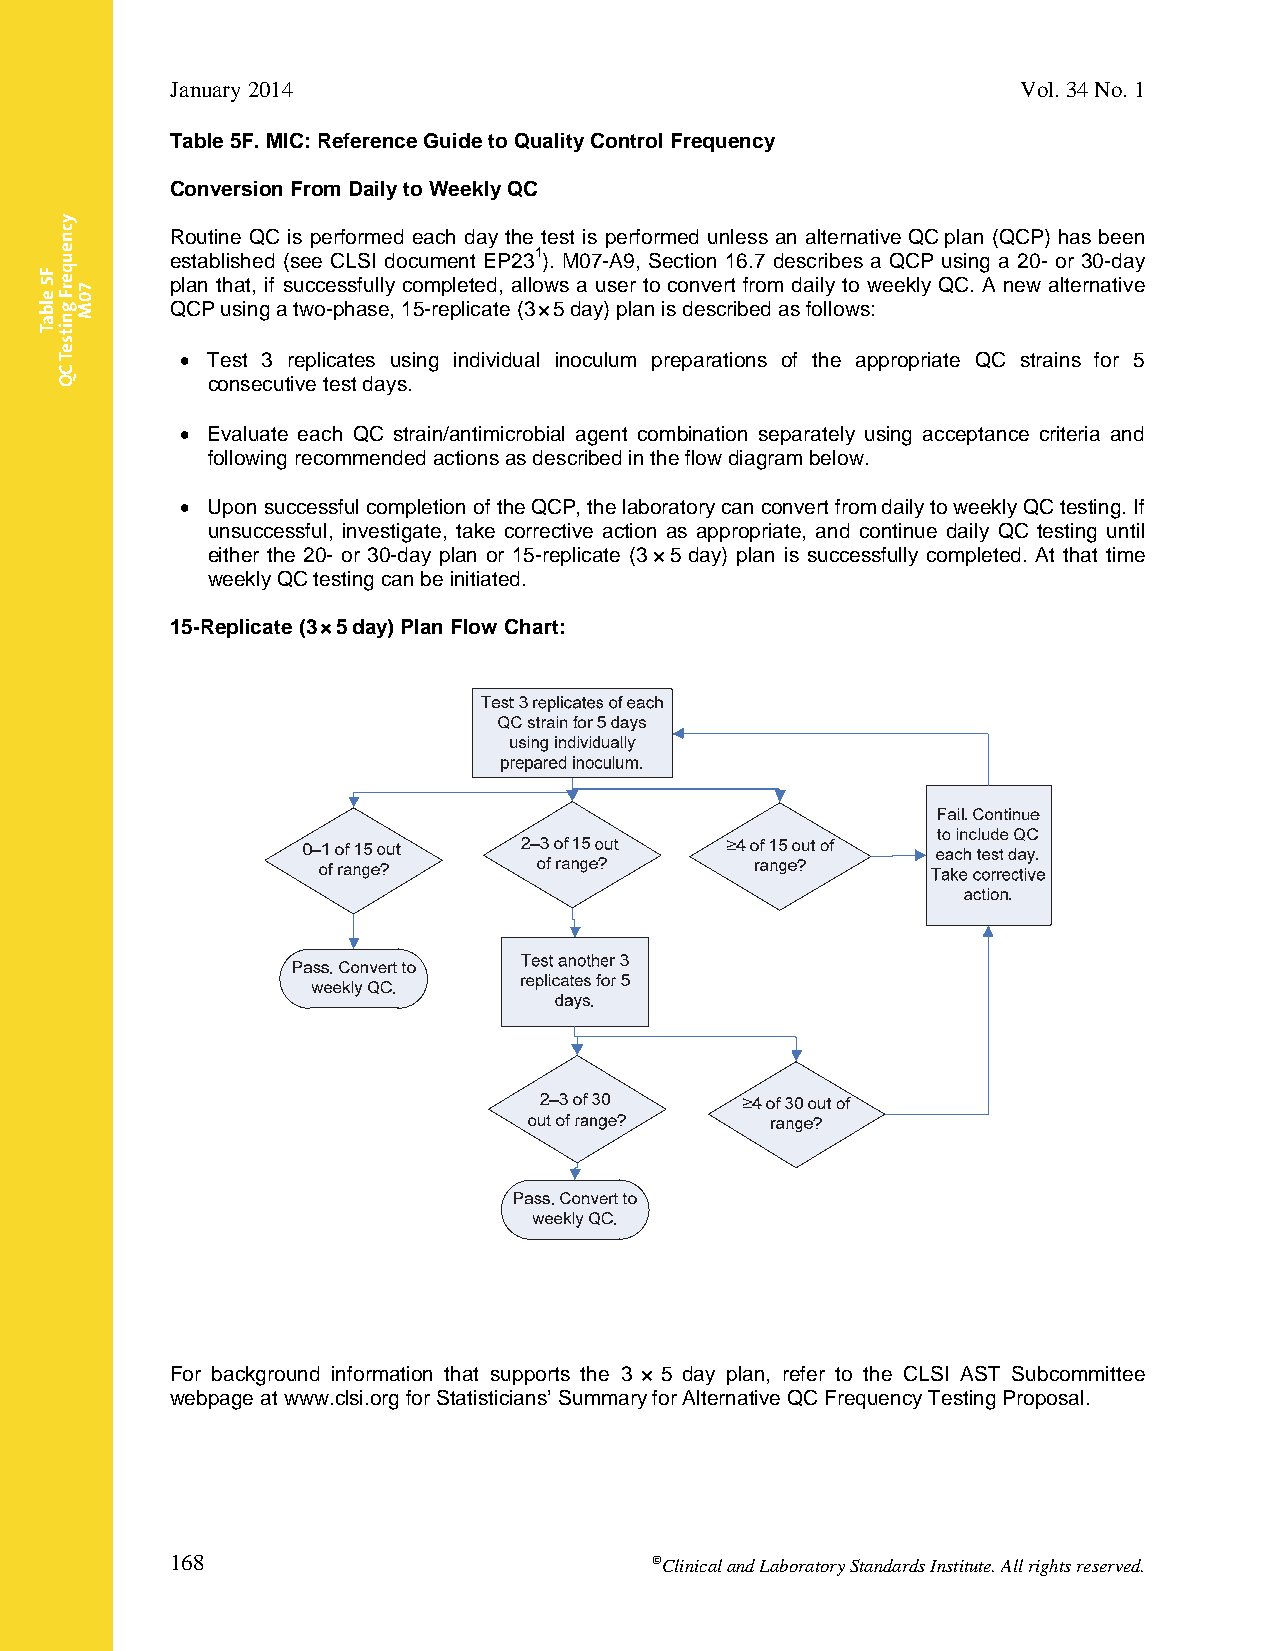
January 2014                                             Vol. 34 No. 1
 Table 5F. MIC: Reference Guide to Quality Control Frequency
 Conversion From Daily to Weekly QC
 Routine QC is performed each day the test is performed unless an alternative QC plan (QCP) has been
 established (see CLSI document EP231). M07-A9, Section 16.7 describes a QCP using a 20- or 30-day
 plan that, if successfully completed, allows a user to convert from daily to weekly QC. A new alternative
 QCP using a two-phase, 15-replicate (3×5 day) plan is described as follows:
  Test 3 replicates using individual inoculum preparations of the appropriate QC strains for 5
 consecutive test days.
  Evaluate each QC strain/antimicrobial agent combination separately using acceptance criteria and
 following recommended actions as described in the flow diagram below.
  Upon successful completion of the QCP, the laboratory can convert from daily to weekly QC testing. If
 unsuccessful, investigate, take corrective action as appropriate, and continue daily QC testing until
 either the 20- or 30-day plan or 15-replicate (3×5 day) plan is successfully completed. At that time
 weekly QC testing can be initiated.
 15-Replicate (3×5 day) Plan Flow Chart:
 For background information that supports the 3 × 5 day plan, refer to the CLSI AST Subcommittee
 webpage at www.clsi.org for Statisticians’ Summary for Alternative QC Frequency Testing Proposal.
 168                             Clinical and Laboratory Standards Institute. All rights reserved.
 Thisdocumentisprotectedbycopyright.
 PublishedOn1/1/2014.
 F5
 elbaT
 ycneuqerF
 gnitseT
 CQ
 70M